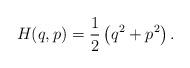
LaTeX: \begin{align*}H(q,p)={1\over2}\left(q^2+p^2\right).\end{align*}